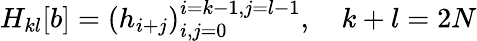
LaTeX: \begin{array}{r}{H_{kl}[b]=\left(h_{i+j}\right)_{i,j=0}^{i=k-1,j=l-1},\quad k+l=2N}\end{array}